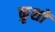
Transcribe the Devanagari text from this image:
कुशों